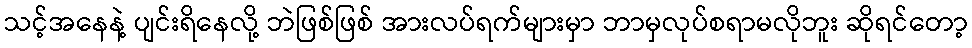
သင့်အနေနဲ့ ပျင်းရိနေလို့ ဘဲဖြစ်ဖြစ် အားလပ်ရက်များမှာ ဘာမှလုပ်စရာမလိုဘူး ဆိုရင်တော့